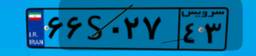
۶۶S۰۲۷۴۳